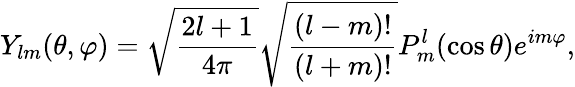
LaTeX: Y_{lm}(\theta,\varphi)=\sqrt{\frac{2l+1}{4\pi}}\sqrt{\frac{(l-m)!}{(l+m)!}}P_{m}^{l}(\cos\theta)e^{im\varphi},